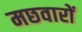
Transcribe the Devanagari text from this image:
मछवारों